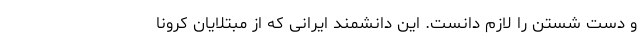
و دست شستن را لازم دانست. این دانشمند ایرانی که از مبتلایان کرونا